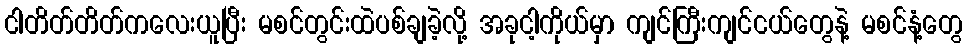
ငါတိတ်တိတ်ကလေးယူပြီး မစင်တွင်းထဲပစ်ချခဲ့လို့ အခုငါ့ကိုယ်မှာ ကျင်ကြီးကျင်ငယ်တွေနဲ့ မစင်နံ့တွေ